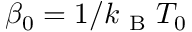
\beta _ { 0 } = 1 / k _ { \mathrm { ~ B ~ } } T _ { 0 }